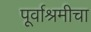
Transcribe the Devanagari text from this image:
पूर्वाश्रमीचा